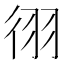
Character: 𫹓